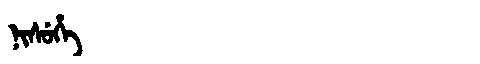
Manchu: ᠨᡳᠰᡠᡥᡝ
Romanization: NISUHE